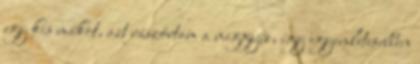
egy kis mákot, azt rászórtam a meggyre, így egyenletesebben